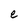
Character: e